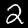
Digit: 2